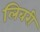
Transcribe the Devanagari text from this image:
लिबरी